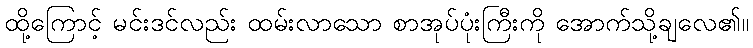
ထို့ကြောင့် မင်းဒင်လည်း ထမ်းလာသော စာအုပ်ပုံးကြီးကို အောက်သို့ချလေ၏။